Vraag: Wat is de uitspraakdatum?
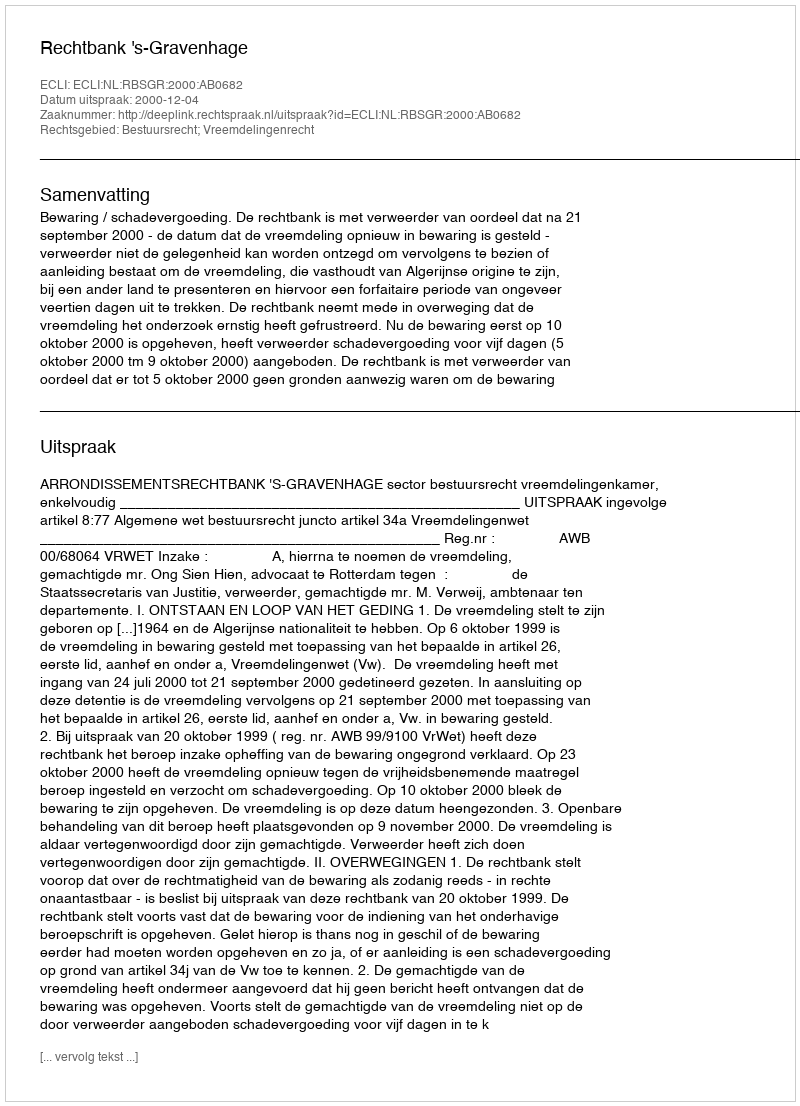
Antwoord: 2000-12-04